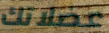
عضلاتك